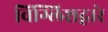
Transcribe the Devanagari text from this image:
विंग्लिशद्वारे